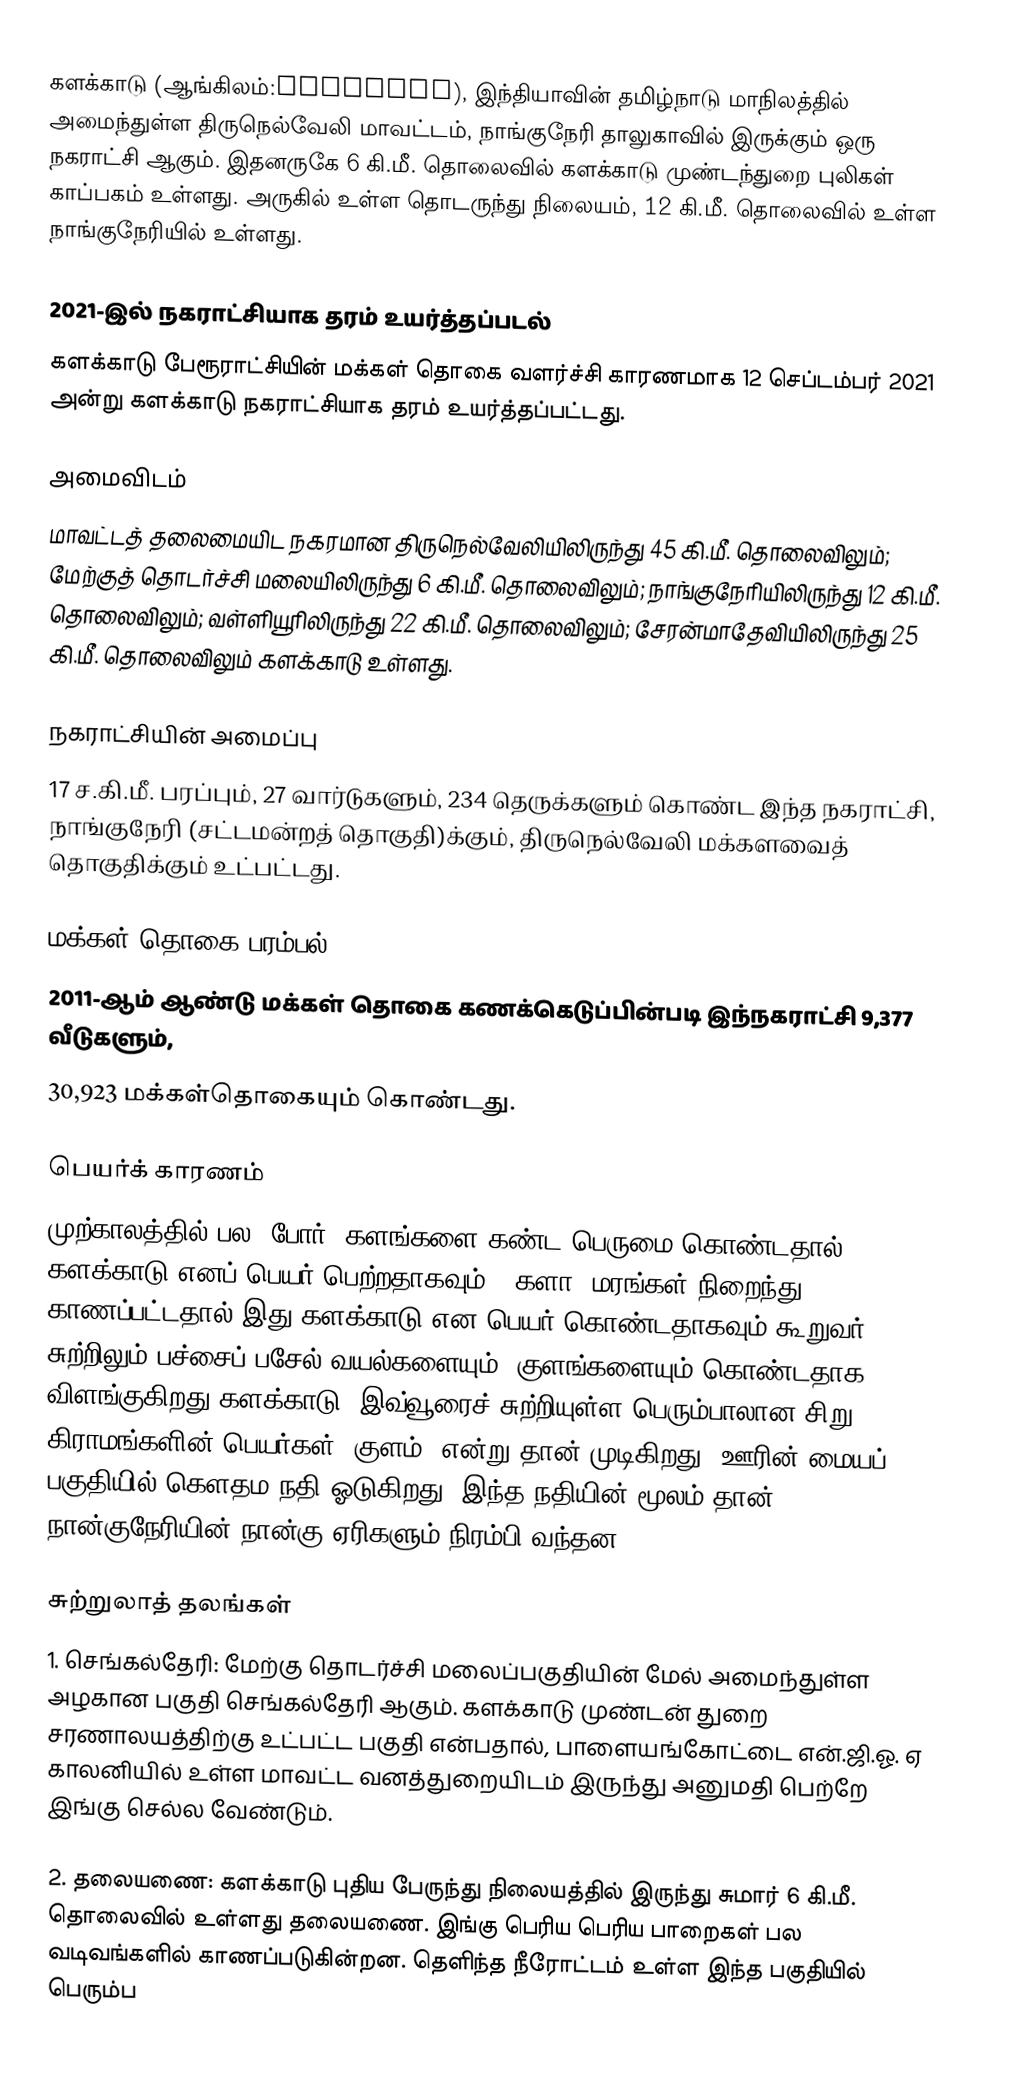
களக்காடு (ஆங்கிலம்:Kalakkad), இந்தியாவின் தமிழ்நாடு மாநிலத்தில் அமைந்துள்ள திருநெல்வேலி மாவட்டம், நாங்குநேரி தாலுகாவில் இருக்கும் ஒரு நகராட்சி ஆகும். இதனருகே 6 கி.மீ. தொலைவில் களக்காடு முண்டந்துறை புலிகள் காப்பகம் உள்ளது. அருகில் உள்ள தொடருந்து நிலையம், 12 கி.மீ. தொலைவில் உள்ள நாங்குநேரியில் உள்ளது.

2021-இல் நகராட்சியாக தரம் உயர்த்தப்படல்
களக்காடு பேரூராட்சியின் மக்கள் தொகை வளர்ச்சி காரணமாக 12 செப்டம்பர் 2021 அன்று களக்காடு நகராட்சியாக தரம் உயர்த்தப்பட்டது.

அமைவிடம்
மாவட்டத் தலைமையிட நகரமான திருநெல்வேலியிலிருந்து 45 கி.மீ. தொலைவிலும்; மேற்குத் தொடர்ச்சி மலையிலிருந்து 6 கி.மீ. தொலைவிலும்; நாங்குநேரியிலிருந்து 12 கி.மீ. தொலைவிலும்; வள்ளியூரிலிருந்து 22 கி.மீ. தொலைவிலும்; சேரன்மாதேவியிலிருந்து 25 கி.மீ. தொலைவிலும் களக்காடு உள்ளது.

நகராட்சியின் அமைப்பு
17 ச.கி.மீ. பரப்பும், 27 வார்டுகளும், 234 தெருக்களும் கொண்ட இந்த நகராட்சி, நாங்குநேரி (சட்டமன்றத் தொகுதி)க்கும், திருநெல்வேலி மக்களவைத் தொகுதிக்கும் உட்பட்டது.

மக்கள் தொகை பரம்பல்
2011-ஆம் ஆண்டு மக்கள் தொகை கணக்கெடுப்பின்படி இந்நகராட்சி 9,377 வீடுகளும்,
30,923  மக்கள்தொகையும் கொண்டது.

பெயர்க் காரணம்
முற்காலத்தில் பல (போர்) களங்களை கண்ட பெருமை கொண்டதால் களக்காடு எனப் பெயர் பெற்றதாகவும், ”களா” மரங்கள் நிறைந்து காணப்பட்டதால் இது களக்காடு என பெயர் கொண்டதாகவும் கூறுவர். சுற்றிலும் பச்சைப் பசேல் வயல்களையும், குளங்களையும் கொண்டதாக விளங்குகிறது களக்காடு. இவ்வூரைச் சுற்றியுள்ள பெரும்பாலான சிறு கிராமங்களின் பெயர்கள் ”குளம்” என்று தான் முடிகிறது. ஊரின் மையப் பகுதியில் கௌதம நதி ஓடுகிறது. இந்த நதியின் மூலம் தான் நான்குநேரியின் நான்கு ஏரிகளும் நிரம்பி வந்தன.

சுற்றுலாத் தலங்கள்
1. செங்கல்தேரி: மேற்கு தொடர்ச்சி மலைப்பகுதியின் மேல் அமைந்துள்ள அழகான பகுதி செங்கல்தேரி ஆகும். களக்காடு முண்டன் துறை சரணாலயத்திற்கு உட்பட்ட பகுதி என்பதால், பாளையங்கோட்டை என்.ஜி.ஓ. ஏ காலனியில் உள்ள மாவட்ட வனத்துறையிடம் இருந்து அனுமதி பெற்றே இங்கு செல்ல வேண்டும்.

2. தலையணை: களக்காடு புதிய பேருந்து நிலையத்தில் இருந்து சுமார் 6 கி.மீ. தொலைவில் உள்ளது தலையணை. இங்கு பெரிய பெரிய பாறைகள் பல வடிவங்களில் காணப்படுகின்றன. தெளிந்த நீரோட்டம் உள்ள இந்த பகுதியில் பெரும்ப